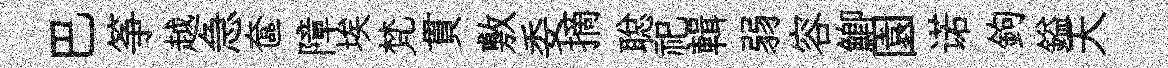
巴筝越急奩障埃梵貫敷委摘聪祀輯弱容鯽園诺鉤鎰天